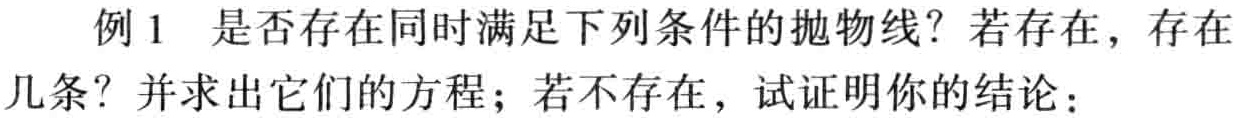
例1 是否存在同时满足下列条件的抛物线？若存在，存在几条？并求出它们的方程；若不存在，试证明你的结论：